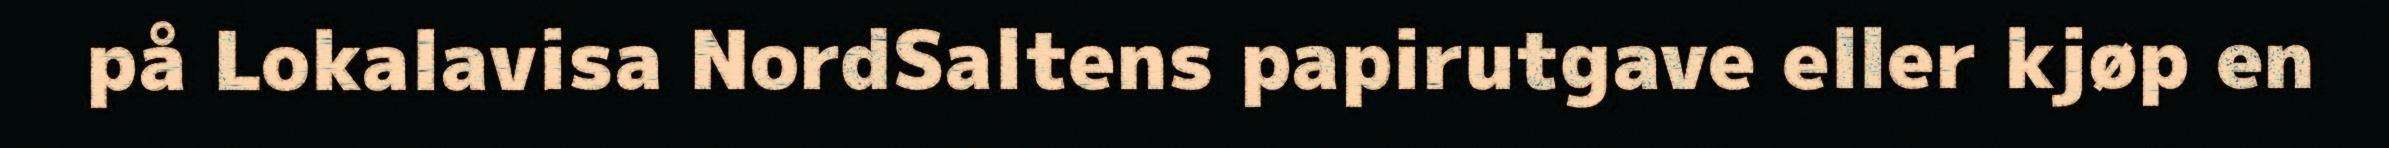
på Lokalavisa NordSaltens papirutgave eller kjøp en